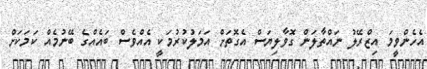
އެހެންވީމަ އިޒްރޭލު ނައްތާލަން ގޮވާލިޔަސް އެގޮތަށް އަމަލުކުރުމަކީ އެއްވެސް ބައެއްގެ ބޭނުމެއް ކަމަކަށް